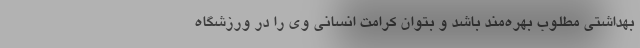
بهداشتی مطلوب بهره‌مند باشد و بتوان کرامت انسانی وی را در ورزشگاه